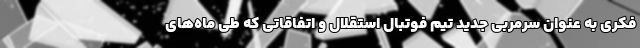
فکری به عنوان سرمربی جدید تیم فوتبال استقلال و اتفاقاتی که طی ماه‌های